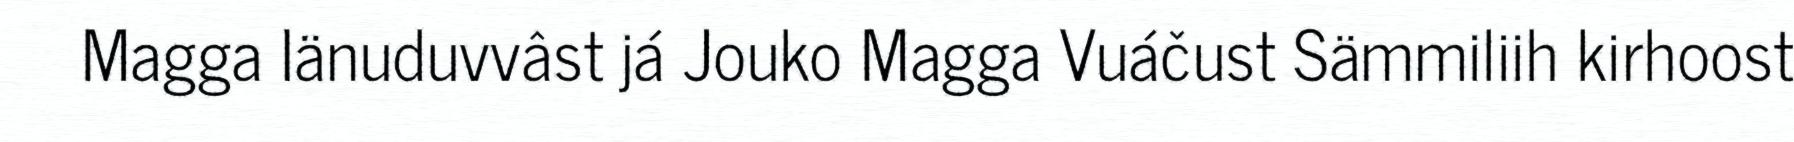
Magga Iänuduvvâst já Jouko Magga Vuáčust Sämmiliih kirhoost